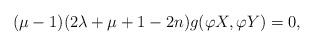
LaTeX: \begin{align*}(\mu-1)(2\lambda+\mu+1-2n)g(\varphi X,\varphi Y)=0,\end{align*}